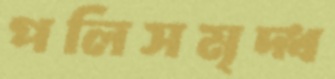
পলিসমৃদ্ধ